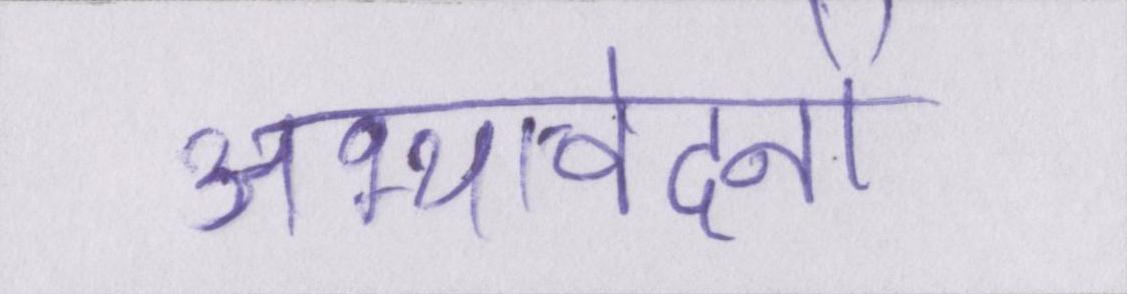
अभ्यावेदनों